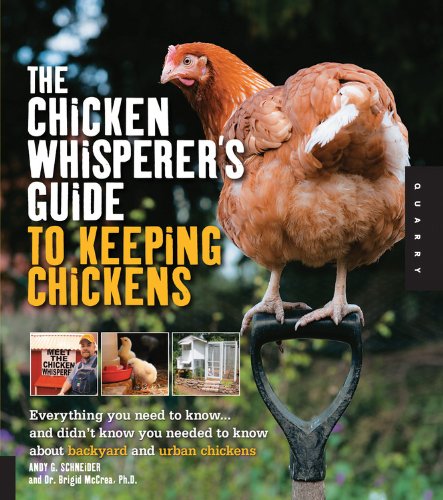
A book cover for The Chicken Whisperer's Guide to Keeping Chickens: Everything You Need to Know . . . and Didn't Know You Needed to Know About Backyard and Urban Chickens; Andy Schneider; Science & Math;